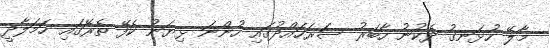
މާލޭ ހުޅަނގު ދެކުނު ހާބަރު ސަރަހައްދުގައި ހުންނަ ޅިޔަނު ކެފޭ ތެރޭގައި ހަމަލާދީ